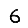
Digit: 6